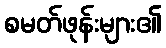
စမတ်ဖုန်းများ၏